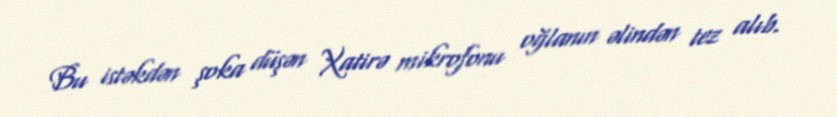
Bu istəkdən şoka düşən Xatirə mikrofonu oğlanın əlindən tez alıb.